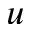
u